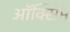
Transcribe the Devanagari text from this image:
ऑक्सिम